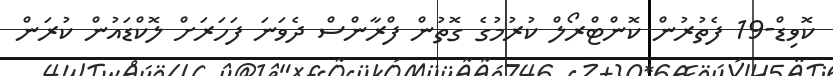
ކޮވިޑް-19 ފެތުރުން ކޮންޓްރޯލް ކުރުމުގެ ގޮތުން ފްރާންސް ދެވަނަ ފަހަރަށް ލޮކްޑައުން ކުރަން